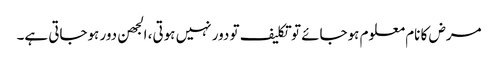
مرض کا نام معلوم ہوجائے تو تکلیف تو دور نہیں ہوتی، الجھن دور ہوجاتی ہے۔